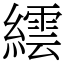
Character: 繧